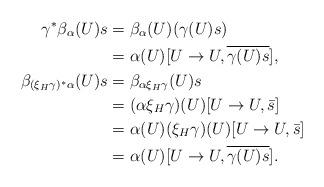
LaTeX: \begin{align*}\gamma^*\beta_{\alpha}(U)s&=\beta_{\alpha}(U)(\gamma(U)s)\\&=\alpha(U)[U\rightarrow U, \overline{\gamma(U)s}],\\\beta_{(\xi_H \gamma)^*\alpha}(U)s&=\beta_{\alpha\xi_H\gamma}(U)s\\&=(\alpha\xi_H\gamma)(U)[U\rightarrow U, \bar s]\\&=\alpha(U)(\xi_H\gamma)(U)[U\rightarrow U,\bar s]\\&=\alpha(U)[U \rightarrow U,\overline{\gamma(U)s}].\end{align*}